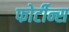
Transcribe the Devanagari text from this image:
फोर्टीन्स